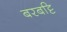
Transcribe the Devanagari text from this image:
बरबट्टि